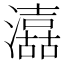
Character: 𱩼